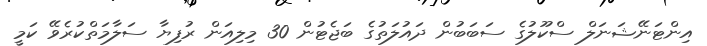
އިންޓަނޭޝަނަލް ސްކޫލުގެ ސަބަބުން ދައުލަތުގެ ބަޖެޓުން 30 މިލިއަން ރުފިޔާ ސަލާމަތްކުރެވޭ ކަމީ